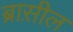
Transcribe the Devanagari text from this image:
ब्रास़ील